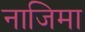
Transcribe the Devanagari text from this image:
नाजिमा